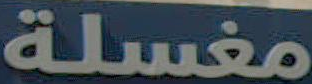
مغسلة